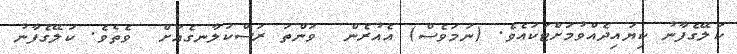
ކަލޭގެފާނު ކިޔައިދެއްވުމަށްޓަކައެވެ. (ނަމަވެސް) އެއުރެން  ވަންތަ ރަސްކަލާނގެއަށް  ވެތެވެ. ކަލޭގެފާނު